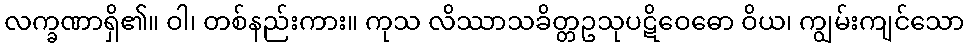
လက္ခဏာရှိ၏။ ဝါ၊ တစ်နည်းကား။ ကုသ လိဿာသခိတ္တဥသုပဋိဝေဓော ဝိယ၊ ကျွမ်းကျင်သော